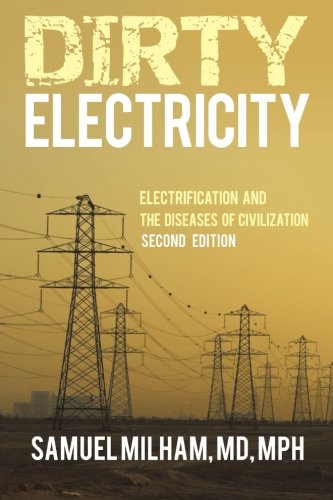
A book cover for Dirty Electricity: Electrification and the Diseases of Civilization; MD Samuel Milham; Medical Books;